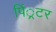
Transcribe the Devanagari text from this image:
पिं्रटर